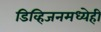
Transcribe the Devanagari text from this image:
डिव्हिजनमध्येही